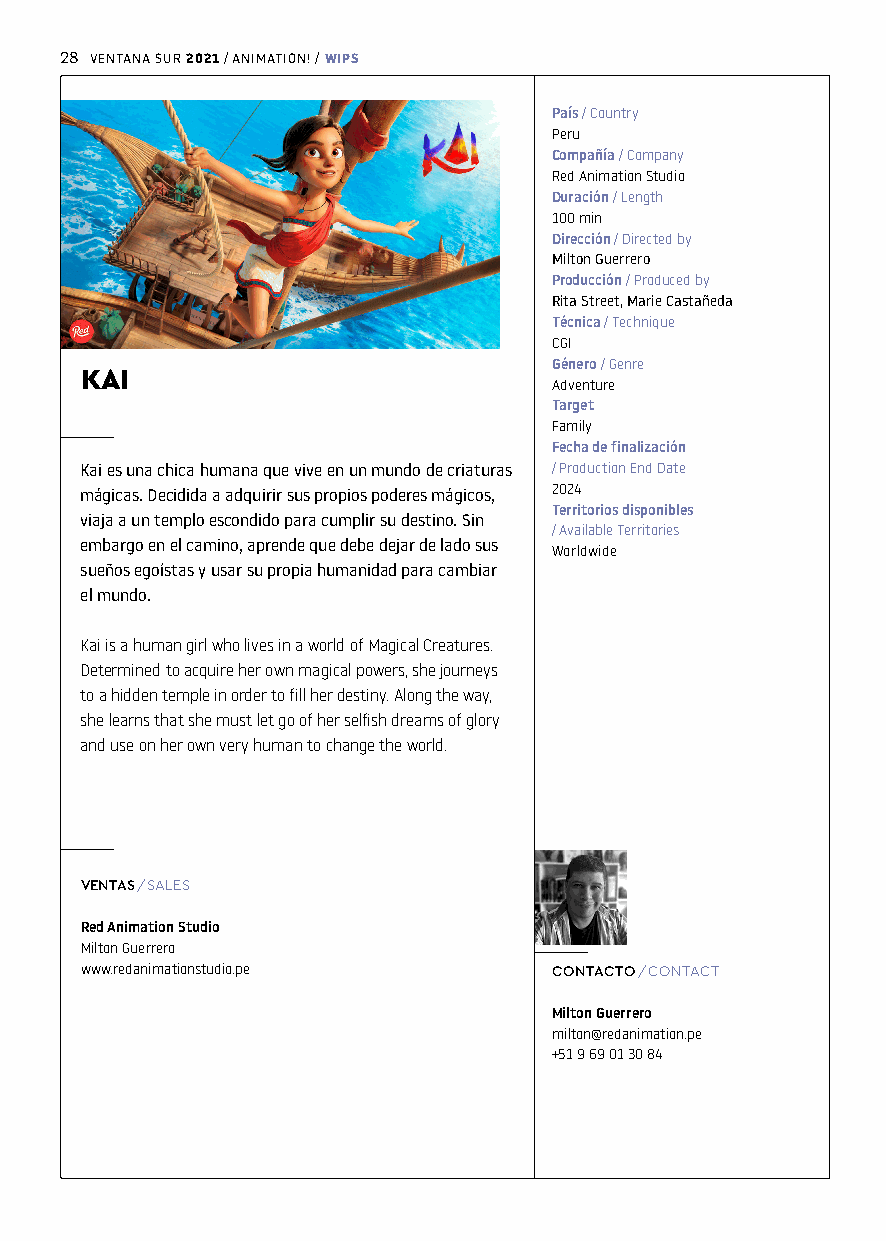
28 VENTANA SUR / ANIMATION! /
 2021     WIPS
 País / Country
 Peru
 Compañía / Company
 Red Animation Studio
 Duración / Length
 100 min
 Dirección / Directed by
 Milton Guerrero
 Producción / Produced by
 Rita Street, Marie Castañeda
 Técnica / Technique
 CGI
 Género / Genre
 KAI
 Adventure
 Target
 Family
 Fecha de finalización
 Kai es una chica humana que vive en un mundo de criaturas / Production End Date
 mágicas. Decidida a adquirir sus propios poderes mágicos, 2024
 Territorios disponibles
 viaja a un templo escondido para cumplir su destino. Sin
 / Available Territories
 embargo en el camino, aprende que debe dejar de lado sus
 Worldwide
 sueños egoístas y usar su propia humanidad para cambiar
 el mundo.
 Kai is a human girl who lives in a world of Magical Creatures.
 Determined to acquire her own magical powers, she journeys
 to a hidden temple in order to fill her destiny. Along the way,
 she learns that she must let go of her selfish dreams of glory
 and use on her own very human to change the world.
 VENTAS / SALES
 Red Animation Studio
 Milton Guerrero
 www.redanimationstudio.pe       CONTACTO / CONTACT
 Milton Guerrero
 milton@redanimation.pe
 +51 9 69 01 30 84